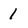
Character: 1